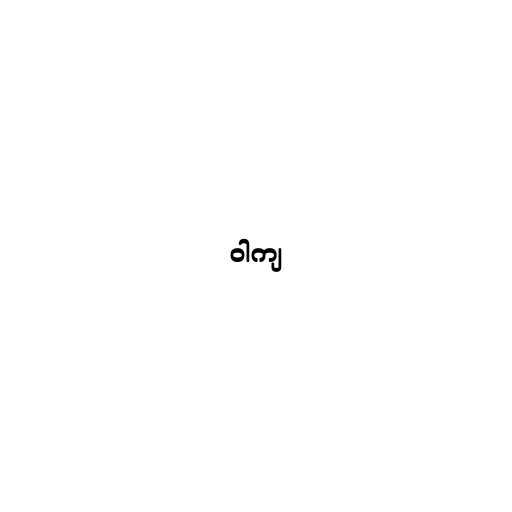
ဝါကျ